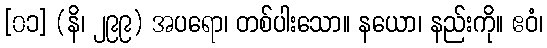
[၀၁] (နိ၊ ၂၉၉) အပရော၊ တစ်ပါးသော။ နယော၊ နည်းကို။ ဧဝံ၊